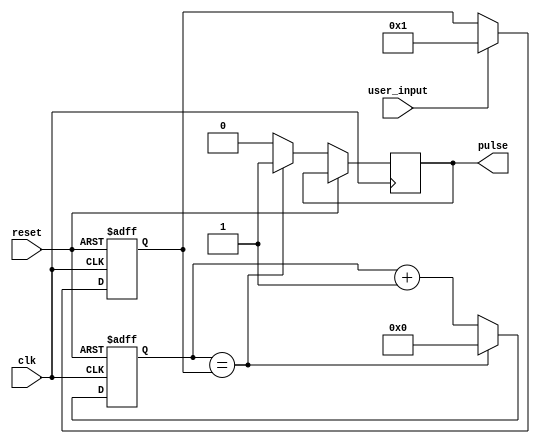
module Variable_Frequency_Pulse_Generator(
    input wire clk, // Clock input
    input wire reset, // Reset input
    input wire user_input, // User input for frequency adjustment
    output wire pulse // Output pulse signal
);

reg [31:0] counter; // 32-bit counter for timing control
reg [31:0] frequency; // Variable for storing pulse frequency
reg pulse_sync; // Synchronized pulse signal
wire sync_clk; // Synchronized clock signal

// Timing control block
always @(posedge clk or posedge reset) begin
    if (reset) begin
        counter <= 0;
    end else begin
        counter <= counter + 1;
        if (counter == frequency) begin
            pulse <= 1;
            counter <= 0;
        end else begin
            pulse <= 0;
        end
    end
end

// Synchronization block
always @(posedge clk or posedge reset) begin
    if (reset) begin
        pulse_sync <= 0;
    end else begin
        pulse_sync <= pulse;
    end
end

// Synchronize pulse with external signal
assign synchronize_pulse = sync_clk & pulse_sync;

// Adjust pulse frequency based on user input
always @(posedge clk or posedge reset) begin
    if (reset) begin
        frequency <= 0;
    end else begin
        if(user_input) begin
            frequency <= user_input;
        end
    end
end

endmodule